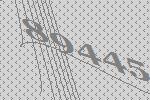
89445